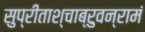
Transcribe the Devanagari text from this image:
सुप्रीताश्चाब्रुवन्रामं